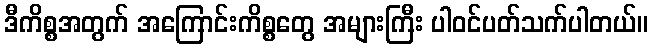
ဒီကိစ္စအတွက် အကြောင်းကိစ္စတွေ အများကြီး ပါဝင်ပတ်သက်ပါတယ်။